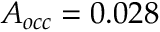
A _ { o c c } = 0 . 0 2 8